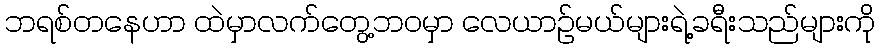
ဘရစ်တနေဟာ ထဲမှာလက်တွေ့ဘဝမှာ လေယာဉ်မယ်များရဲ့ခရီးသည်များကို